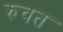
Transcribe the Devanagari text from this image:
रुचत